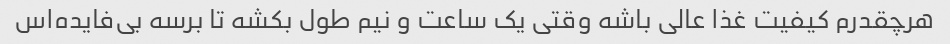
هرچقدرم کیفیت غذا عالی باشه وقتی یک ساعت و نیم طول بکشه تا برسه بی‌فایده‌اس